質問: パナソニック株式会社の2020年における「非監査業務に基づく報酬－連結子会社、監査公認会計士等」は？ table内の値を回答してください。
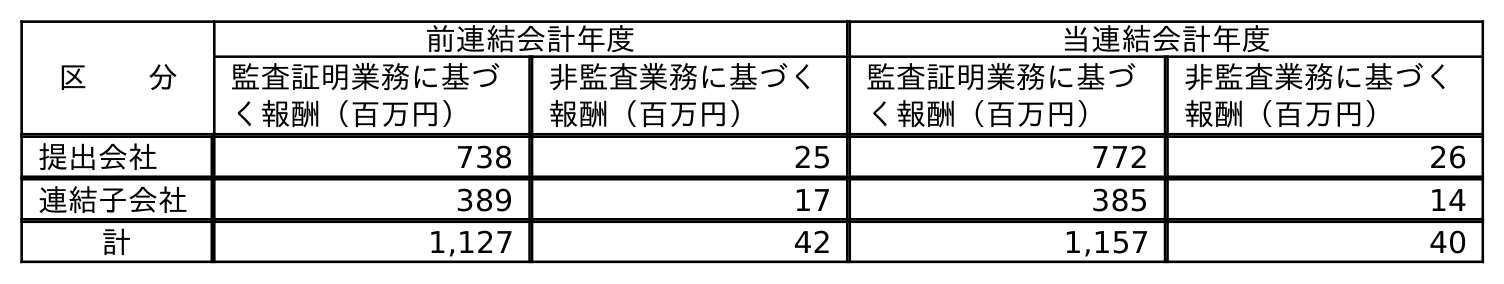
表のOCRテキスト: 区  分 前連結会計年度 当連結会計年度 監査証明業務に基づ く報酬（百万円） 非監査業務に基づく 報酬（百万円） 監査証明業務に基づ く報酬（百万円） 非監査業務に基づく 報酬（百万円） 提出会社 738 25 772 26 連結子会社 389 17 385 14 計 1,127 42 1,157 40
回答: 14